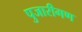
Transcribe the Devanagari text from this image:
पुजारीगण